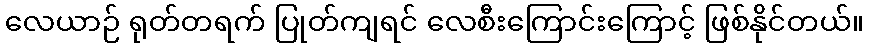
လေယာဉ် ရုတ်တရက် ပြုတ်ကျရင် လေစီးကြောင်းကြောင့် ဖြစ်နိုင်တယ်။